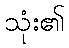
သုံး၏